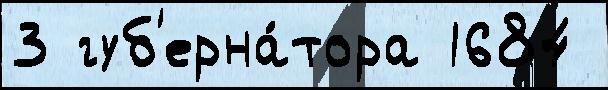
3 губ'ерна́тора 1684